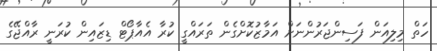
ހަތް މިލިއަން ފަސިންޖަރުންނަށް އަމާޒުކޮށްގެން ތަރައްގީ ކުރާ އެއާޕޯޓް ޑިޒައިން ކުރަނީ ރާއްޖޭގެ